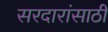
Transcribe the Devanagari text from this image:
सरदारांसाठी